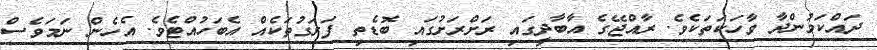
ދައްކަމުންދާ ވާހަކަތަކެވެ. ރާއްޖޭގެ އާބާދީގައި ރަށްރަށުގައި ބޮޑެތި ފަރަގުތަކެއް އެބަހުއްޓެވެ. އެހެން ނަމަވެސް